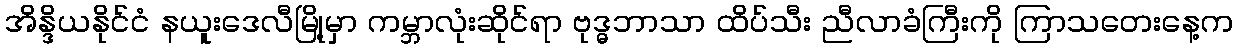
အိန္ဒိယနိုင်ငံ နယူးဒေလီမြို့မှာ ကမ္ဘာလုံးဆိုင်ရာ ဗုဒ္ဓဘာသာ ထိပ်သီး ညီလာခံကြီးကို ကြာသတေးနေ့က